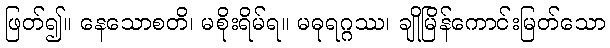
ဖြတ်၍။ နေသောစတိ၊ မစိုးရိမ်ရ။ မဓုရဂ္ဂဿ၊ ချိုမြိန်ကောင်းမြတ်သော